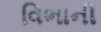
વિભાની